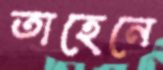
তাহেনে